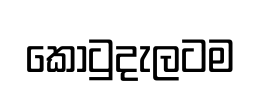
කොටුදැලටම